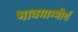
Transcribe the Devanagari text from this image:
भावगाम्भीर्य